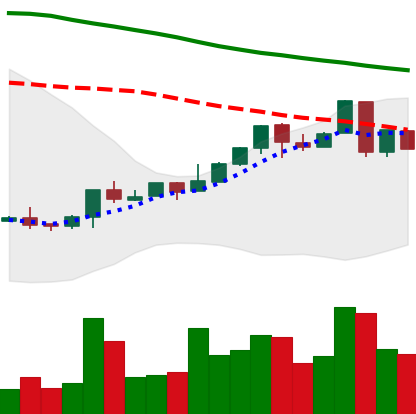
Ticker: LTC-USD
Chart end date: 2018-04-27
Forward return: 3.888%
Label: up_3_5